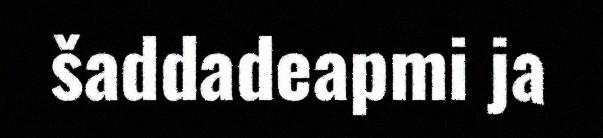
šaddadeapmi ja